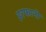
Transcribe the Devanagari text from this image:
इरफानी